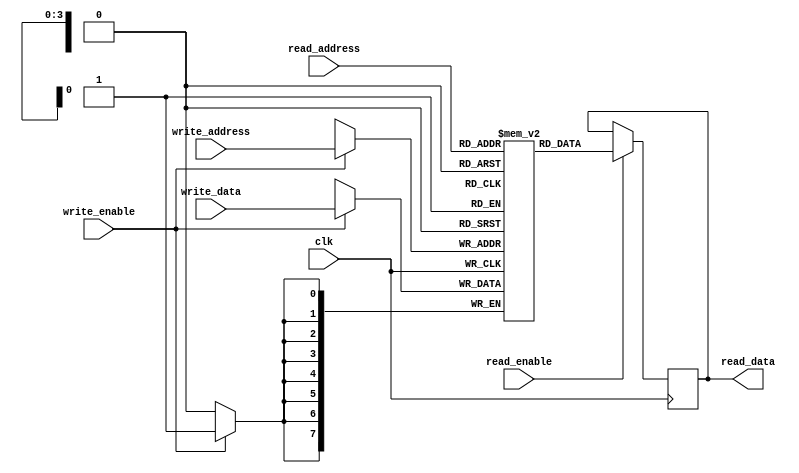
module RegisterFile (
    input wire clk,
    input wire write_enable,
    input wire read_enable,
    input wire [3:0] write_address,
    input wire [3:0] read_address,
    input wire [7:0] write_data,
    output reg [7:0] read_data
);

reg [7:0] regs [15:0]; // Array of registers

always @(posedge clk) begin
    if (write_enable) begin
        regs[write_address] <= write_data;
    end
    
    if (read_enable) begin
        read_data <= regs[read_address];
    end
end

endmodule